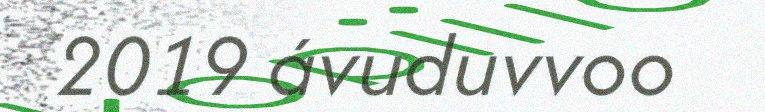
2019 ávuduvvoo